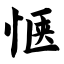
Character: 惬